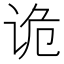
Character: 诡